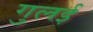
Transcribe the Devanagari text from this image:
गुलई